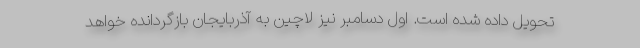
تحویل داده شده است. اول دسامبر نیز لاچین به آذربایجان بازگردانده خواهد